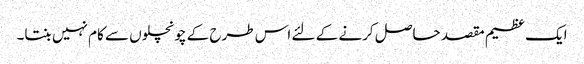
ایک عظیم مقصد حاصل کرنے کے لئے اس طرح کے چونچلوں سے کام نہیں بنتا۔